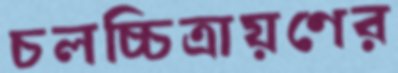
চলচ্চিত্রায়ণের